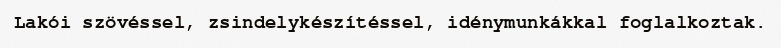
Lakói szövéssel, zsindelykészítéssel, idénymunkákkal foglalkoztak.